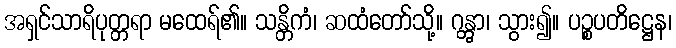
အရှင်သာရိပုတ္တရာ မထေရ်၏။ သန္တိကံ၊ ဆထံတော်သို့။ ဂန္တွာ၊ သွား၍။ ပဉ္စပတိဋ္ဌေန၊